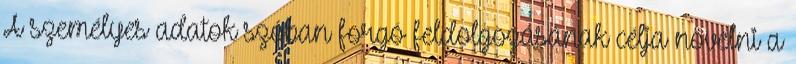
A személyes adatok szóban forgó feldolgozásának célja növelni a